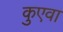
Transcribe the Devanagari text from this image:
कुएवा